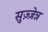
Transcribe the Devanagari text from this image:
सुज़्ज़ेन्न